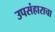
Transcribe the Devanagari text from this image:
उपसंहाराचा